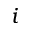
i